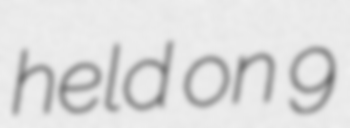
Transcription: held on 9